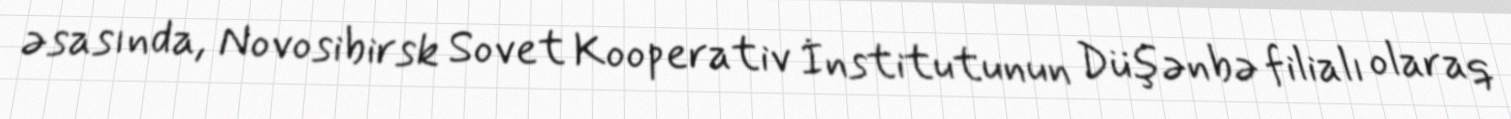
əsasında, Novosibirsk Sovet Kooperativ İnstitutunun Düşənbə filialı olaraq